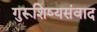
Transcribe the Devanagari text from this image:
गुरूशिष्यसंवाद